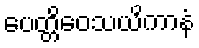
ပေတ္တိဝေသယိကာနံ